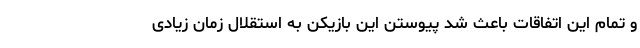
و تمام این اتفاقات باعث شد پیوستن این بازیکن به استقلال زمان زیادی